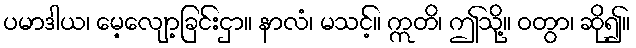
ပမာဒါယ၊ မေ့လျော့ခြင်းငှာ။ နာလံ၊ မသင့်။ ဣတိ၊ ဤသို့။ ဝတွာ၊ ဆို၍။